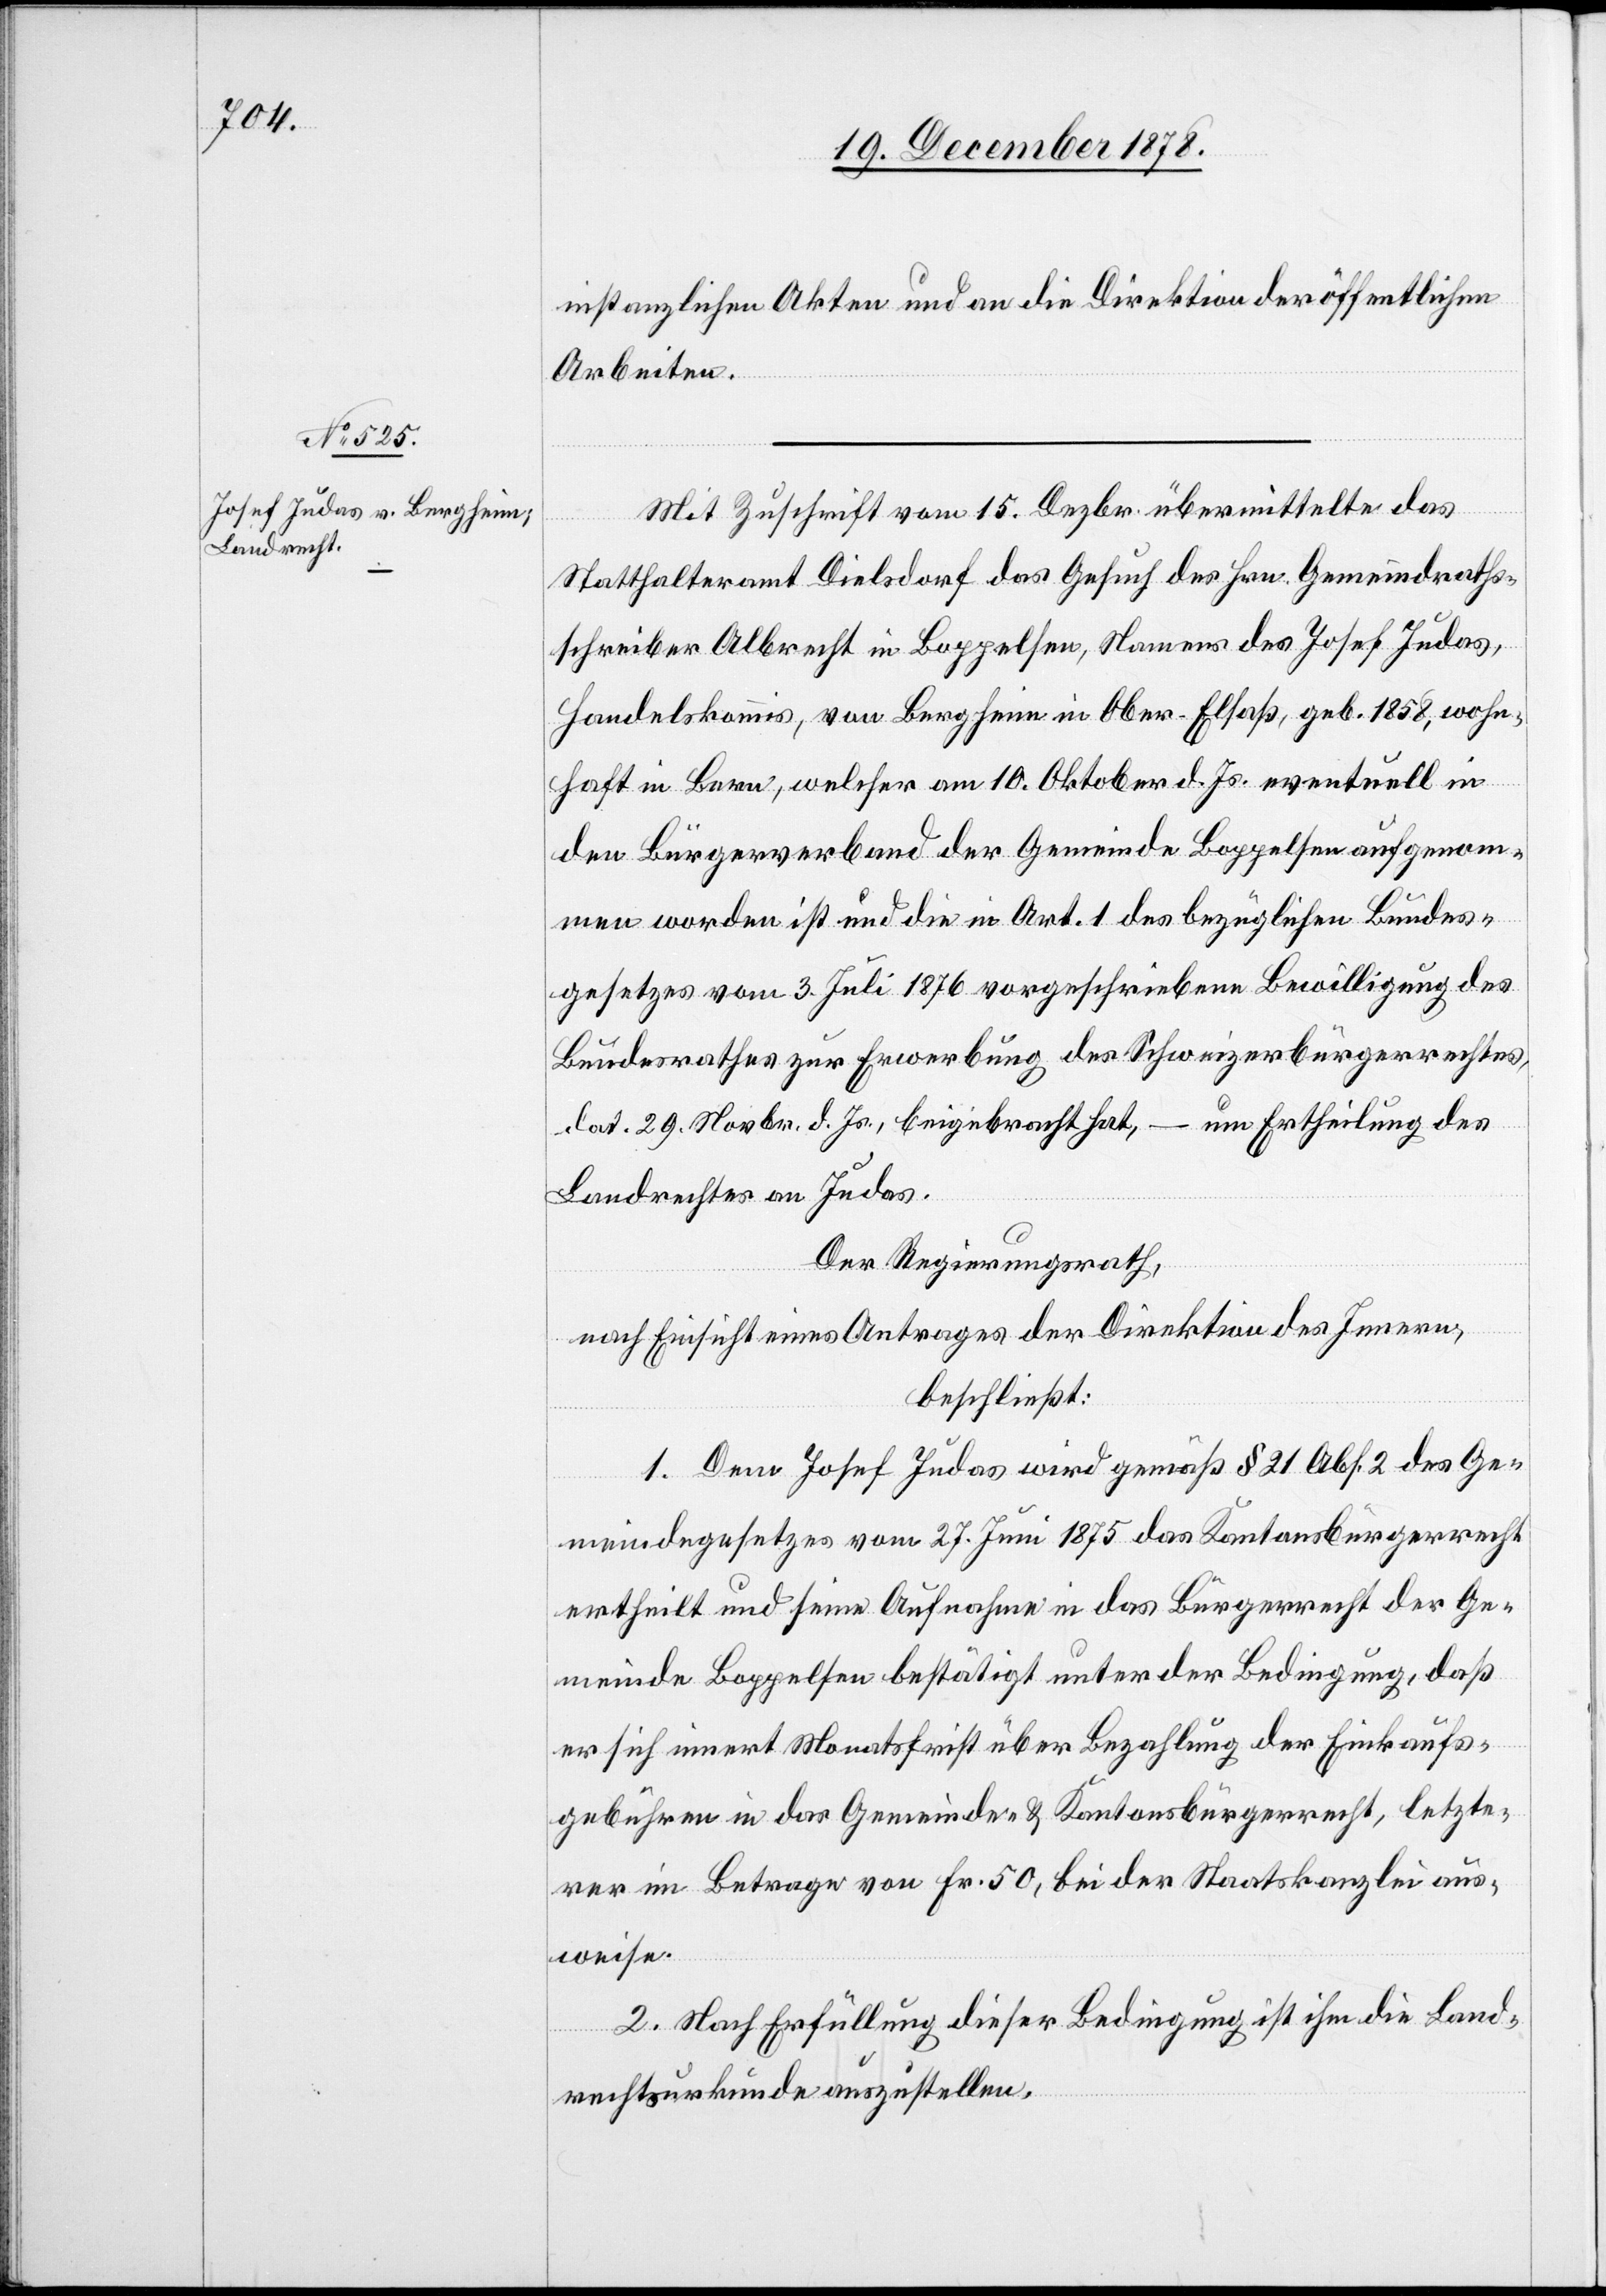
instanzlichen Akten und an die Direktion der öffentlichen
Arbeiten.
Mit Zuschrift vom 15. Dezbr. übermittelte das
Statthalteramt Dielsdorf das Gesuch des Hrn. Gemeindraths¬
schreiber Albrecht in Boppelsen, Namens des Josef Judas,
Handelskommis, von Bergheim in Ober-Elsaß, geb. 1858, wohn¬
haft in Bern, welcher am 10. Oktober d. Js. eventuell in
den Bürgerverband der Gemeinde Boppelsen aufgenom¬
men worden ist und die in Art. 1 des bezüglichen Bundes¬
gesetzes vom 3. Juli 1876 vorgeschriebenen Bewilligung des
Bundesrathes zur Erwerbung des Schweizerbürgerrechtes,
um Ertheilung des
dat. 29. Novbr. d. Js., beigebracht hat,
Landrechtes an Judas.
Der Regierungsrath,
nach Einsicht eines Antrages der Direktion des Innern,
beschließt:
1. Dem Josef Judas wird gemäß § 21 Abs. 2 des Ge¬
meindegesetzes vom 27. Juni 1875 das Kantonsbürgerrecht
ertheilt und seine Aufnahme in das Bürgerrecht der Ge¬
meinde Boppelsen bestätigt unter der Bedingung, daß
er sich innert Monatsfrist über Bezahlung der Einkaufs¬
gebühren in das Gemeinde- & Kantonsbürgerrecht, letzte¬
rer im Betrage von Fr. 50, bei der Staatskanzlei aus¬
weise.
2. Nach Erfüllung dieser Bedingung ist ihm die Land¬
rechtsurkunde auszustellen.